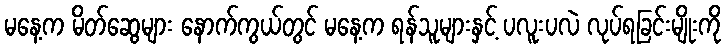
မနေ့က မိတ်ဆွေများ နောက်ကွယ်တွင် မနေ့က ရန်သူများနှင့် ပလူးပလဲ လုပ်ရခြင်းမျိုးကို